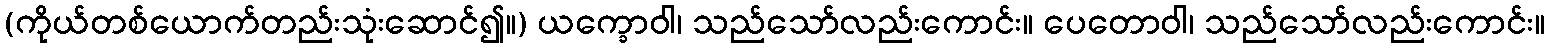
(ကိုယ်တစ်ယောက်တည်းသုံးဆောင်၍။) ယက္ခောဝါ၊ သည်သော်လည်းကောင်း။ ပေတောဝါ၊ သည်သော်လည်းကောင်း။